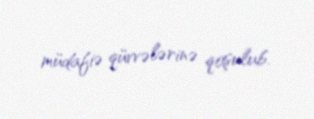
müdafiə qüvvələrinə qoşulub.